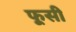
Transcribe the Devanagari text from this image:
फूसी